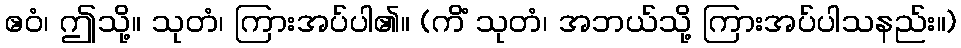
ဧဝံ၊ ဤသို့။ သုတံ၊ ကြားအပ်ပါ၏။ (ကိံ သုတံ၊ အဘယ်သို့ ကြားအပ်ပါသနည်း။)